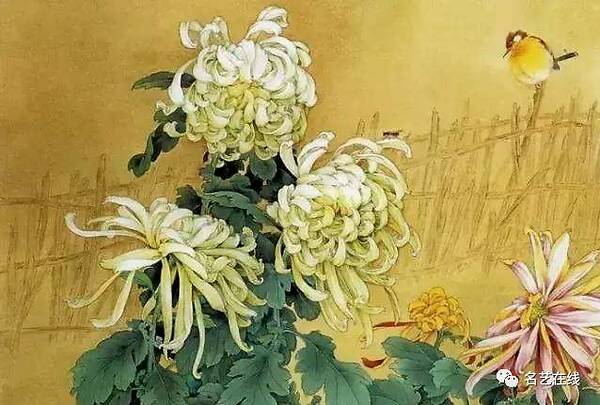
可惜重阳，不把黄花与。